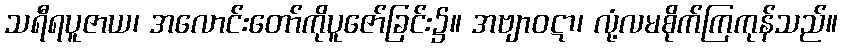
သရီရပူဇာယ၊ အလောင်းတော်ကိုပူဇော်ခြင်း၌။ အဗျာဝဋာ၊ လုံ့လမစိုက်ကြကုန်သည်။